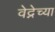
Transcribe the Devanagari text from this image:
वेद्नेच्या